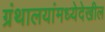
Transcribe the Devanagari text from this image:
ग्रंथालयांमध्येदेखील